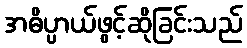
အဓိပ္ပာယ်ဖွင့်ဆိုခြင်းသည်